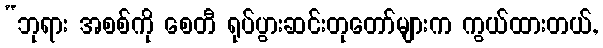
“ဘုရား အစစ်ကို စေတီ ရုပ်ပွားဆင်းတုတော်များက ကွယ်ထားတယ်,